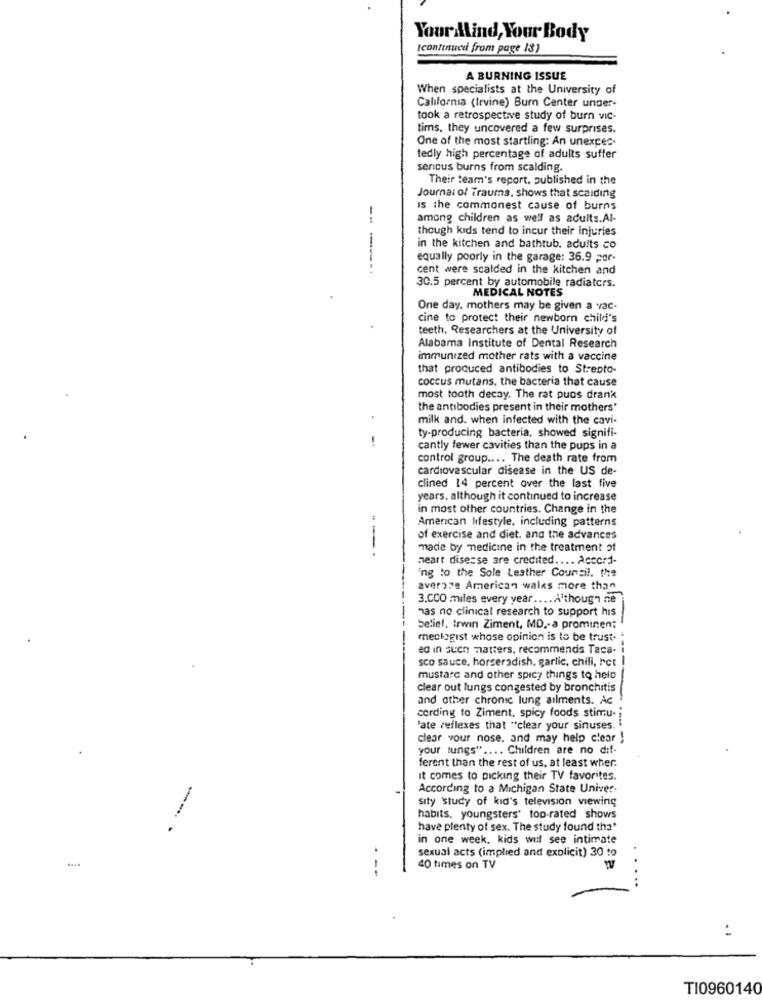
Your Mind, Your Body
Icontinuce from page 18)
A BURNING ISSUE
When specialists at the University of
California (Irvine) Burn Center under-
took a retrospective study of burn vic-
tims, they uncovered a few surprises.
One of the most startling: An unexces.
tedly high percentage of adults suffer
serious burns from scalding.
Their team's report, published in the
Journal of Trauma, shows that scalding
Is the commonest cause of burns
--
among children as well as adults.Al-
though kids tend to incur their injuries
in the kitchen and bathtub. adults co
equally poorly in the garage: 36.9 por-
------
cent were scalded in the kitchen and
30.5 percent by automobile radiators.
MEDICAL NOTES
One day. mothers may be given a vac.
cine to protect their newborn child's
teeth. Researchers at the University of
Alabama Institute of Dental Research
immunized mother rats with a vaccine
that produced antibodies to Strepto-
coccus mutans. the bacteria that cause
most tooth decay. The rat puos drank
the antibodies present in their mothers'
milk and. when infected with the cavi-
ty-producing bacteria, showed signifi-
cantly fewer cavities than the pups in a
control group .... The death rate from
cardiovascular disease in the US de-
clined 14 percent over the last five
years. although it continued to increase
in most other countries. Change in the
American Ifestyle, including patterns
of exercise and diet. and the advances
made by medicine in the treatment of
---
neart disesse are credited .... Accord-
ing to the Sole Leather Coursil. the
averze American wales more than
3.CCO miles every year .... A'though ne
has no clinical research to support his
belief. Irwin Ziment, MD ,- a prominen;
meckogist whose opinion is to be trust.
ed in suen matters. recommendis Taca-
sco sauce, horseradish, garlic, chili, Fct |
mustard and other spicy things to help
clear out lungs congested by bronchitis
and other chronic lung ailments. Ac
cording to Ziment, spicy foods stimu-
'ate reflexes that "clear your sinuses.
clear your nose, and may help clear }
your tungs" .... Children are no dit.
ferent than the rest of us, at least wher.
it comes to picking their TV favorites.
According to a Michigan State Univer-
sity 'study of kid's television viewing
habits, youngsters' top-rated shows
have plenty of sex. The study found that
in one week, kids will see intimate
sexual acts (implied and explicit) 30 to
---
40 times on TV
W
:
TI0960140